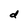
Character: d